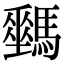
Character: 𩦛